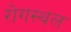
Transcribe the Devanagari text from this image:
रोगस्थल